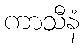
ကာသီနံ